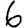
Digit: 6